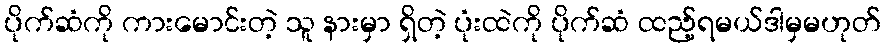
ပိုက်ဆံကို ကားမောင်းတဲ့ သူ နားမှာ ရှိတဲ့ ပုံးထဲကို ပိုက်ဆံ ထည့်ရမယ်ဒါမှမဟုတ်